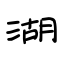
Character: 湖